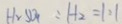
H _ { 2 } S O _ { 4 } : H _ { 2 } = 1 : 1